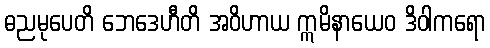
ဓညမုပေတိ ဘေဒေဟီတိ အဝိဟာယ ဣမိနာယေဝ ဒိဝါကရော